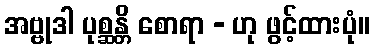
အဗ္ဗုဒါ ပုစ္ဆန္တိ စောရာ - ဟု ဖွင့်ထားပုံ။